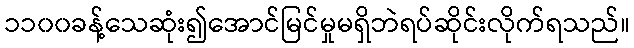
၁၁၀၀ခန့်သေဆုံး၍အောင်မြင်မှုမရှိဘဲရပ်ဆိုင်းလိုက်ရသည်။